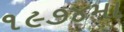
૧૯૭૪મા